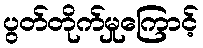
ပွတ်တိုက်မှုကြောင့်